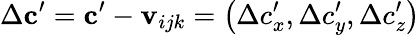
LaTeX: \Delta\mathbf{c}^{\prime}=\mathbf{c}^{\prime}-\mathbf{v}_{ijk}=\left(\Delta c_{x}^{\prime},\Delta c_{y}^{\prime},\Delta c_{z}^{\prime}\right)